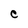
Character: C